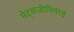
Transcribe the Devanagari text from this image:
मेट्सजीरिनीई